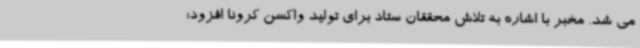
می شد. مخبر با اشاره به تلاش محققان ستاد برای تولید واکسن کرونا افزود: